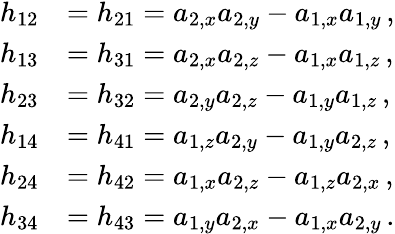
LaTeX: \begin{array}{rl}{h_{12}}&{=h_{21}=a_{2,x}a_{2,y}-a_{1,x}a_{1,y}\, ,}\\ {h_{13}}&{=h_{31}=a_{2,x}a_{2,z}-a_{1,x}a_{1,z}\, ,}\\ {h_{23}}&{=h_{32}=a_{2,y}a_{2,z}-a_{1,y}a_{1,z}\, ,}\\ {h_{14}}&{=h_{41}=a_{1,z}a_{2,y}-a_{1,y}a_{2,z}\, ,}\\ {h_{24}}&{=h_{42}=a_{1,x}a_{2,z}-a_{1,z}a_{2,x}\, ,}\\ {h_{34}}&{=h_{43}=a_{1,y}a_{2,x}-a_{1,x}a_{2,y}\, .}\end{array}